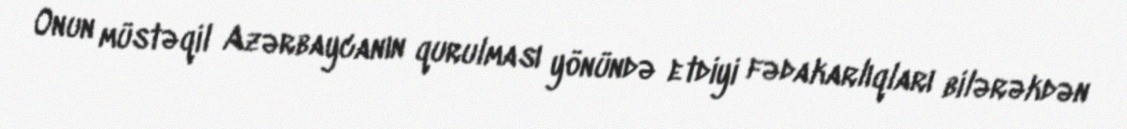
Onun müstəqil Azərbaycanın qurulması yönündə etdiyi fədakarlıqları bilərəkdən